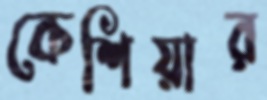
কেশিয়ার